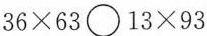
36×63〇13×93